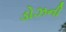
ડોઝની